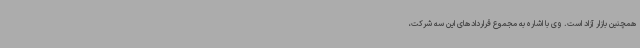
همچنین بازار آزاد است. وی با اشاره به مجموع قراردادهای این سه شرکت،